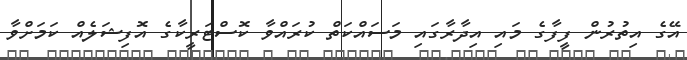
އޭގެ އިތުރުން ފީފާގެ މައި އިދާރާގައި މަސައްކަތް ކުރައްވާ ކޮސްޓަރީކާގެ އޮފިޝަލެއް ކަމަށްވާ